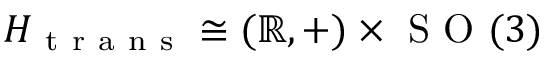
H _ { \mathrm { ~ t ~ r ~ a ~ n ~ s ~ } } \cong ( \mathbb { R } , + ) \times \mathrm { ~ S ~ O ~ } ( 3 )